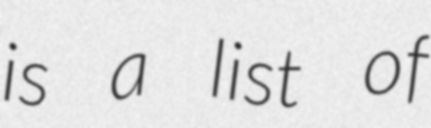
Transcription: is a list of